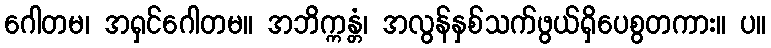
ဂေါတမ၊ အရှင်ဂေါတမ။ အဘိက္ကန္တံ၊ အလွန်နှစ်သက်ဖွယ်ရှိပေစွတကား။ ပ။